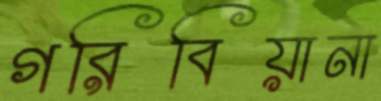
গরিবিয়ানা